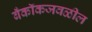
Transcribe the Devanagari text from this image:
बँकॉकजवळील